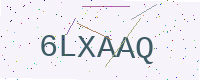
Text: 6LXAAQ